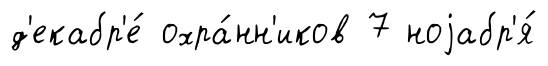
д'екабр'е́ охра́нн'иков 7 ноjабр'я́